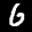
Label: 6